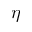
\eta